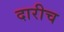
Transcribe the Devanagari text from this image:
दारीच